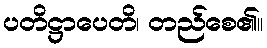
ပတိဋ္ဌာပေတိ၊ တည်စေ၏။